Vabadussoja_Ajaloo_Komitee, lk 115
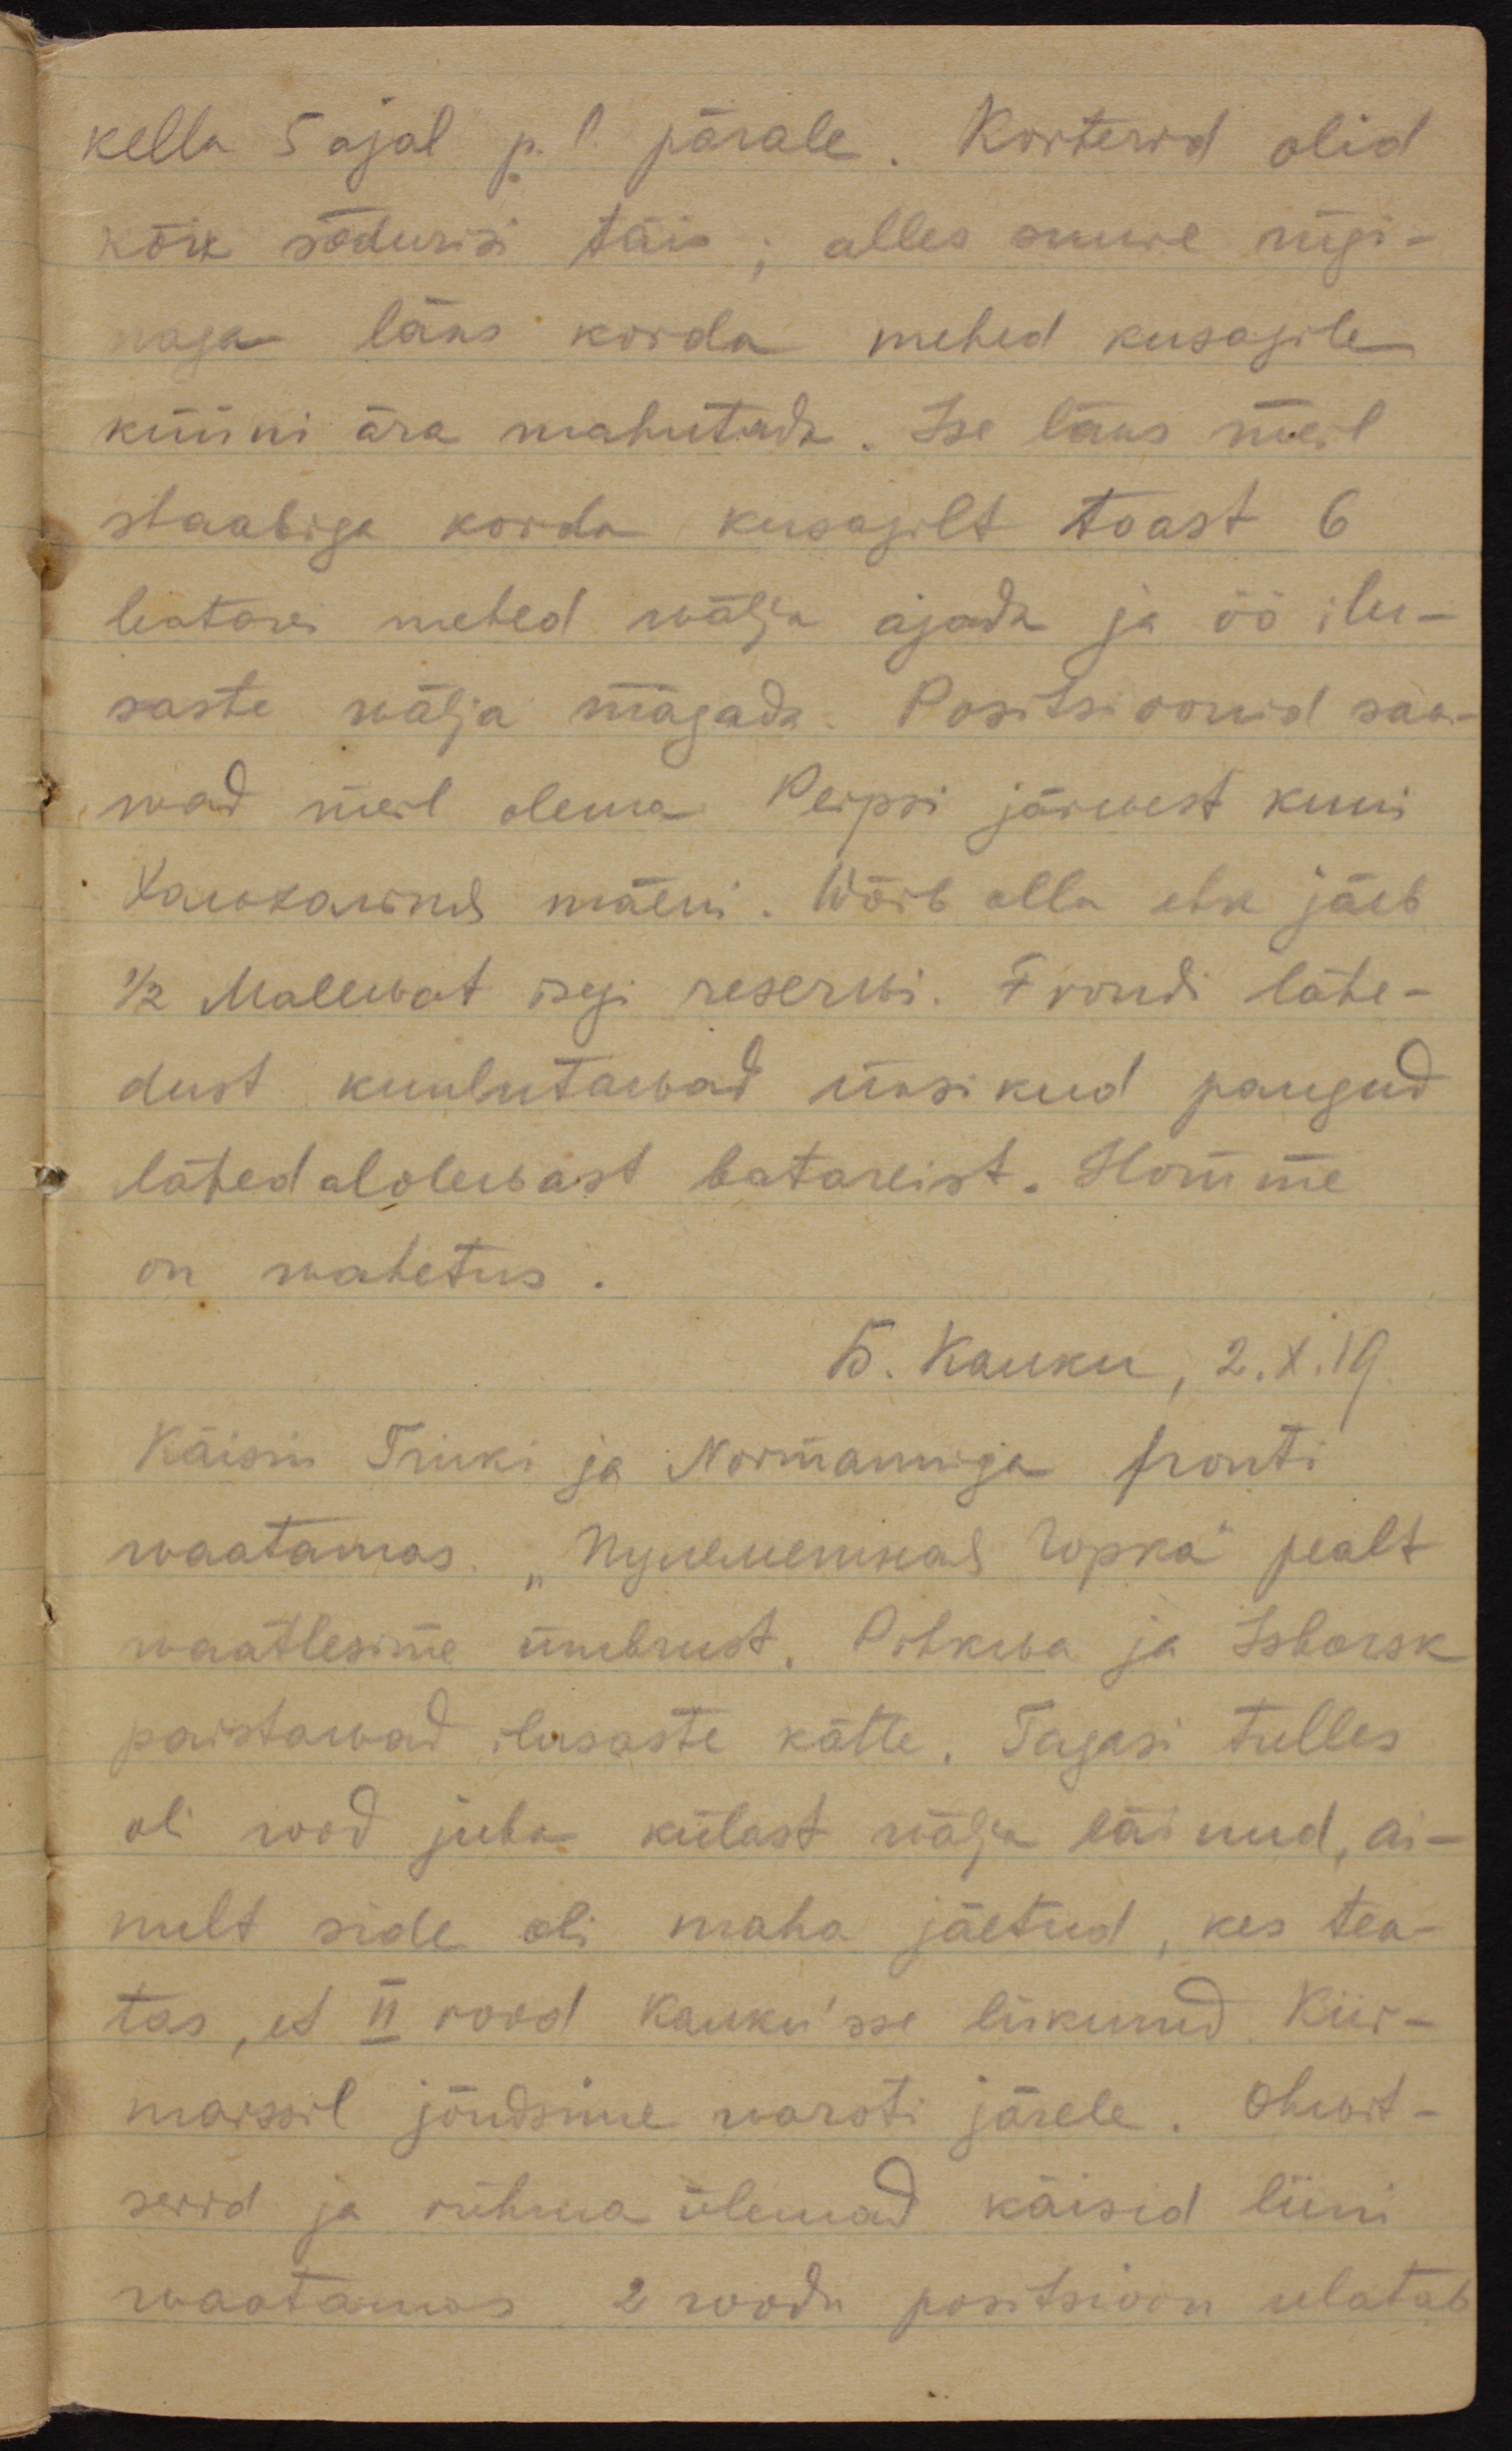
kella 5 ajal p.l. pärale. Korterid olid
kõik sõdurid täis; alles suure rügi-
naga läks korda mehed kusagile
küüni ära mahutada. Ise läks meil
staabiga korda kusagilt toast 6
liatore mehed wälja ajada ja öö ilu-
saste wälja magada. Positsioonid saa-
wad meil olema Peipsi järwest kuni
Холокольня mäeni. Wõib-olla ehk jäeb
1/2 Malewast isegi reserwi. Frondi lähe-
dust kuulutawat üksikud paugud
lähedalolewast batareist. Homme 
on wahetus.
Б. Калки, 2.X.19.
Käisin Triiki ja Normanniga fronti
waatamas. "Пулеметная Горка" pealt
waatlesime ümbrust. Pihkwa ja Isborsk
paistawad ilusaste kätte. Tagasi tulles
oli rood juba külast wälja läinud, ai-
nult side oli maha jäetud, kes tea-
tas, et II rood Калки'sse liikunud. Kiir-
marssil jõudsime warsti järele. Ohwit-
serid ja rühma ülemad käisin liini
waatamas. 2 roodu positsioon ulatab